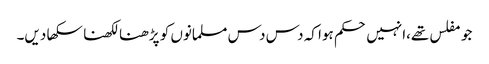
جو مفلس تھے،انہیں حکم ہوا کہ دس دس مسلمانوں کو پڑھنا لکھنا سکھا دیں۔